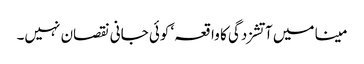
مینا میں آتشزدگی کا واقعہ‘ کوئی جانی نقصان نہیں۔